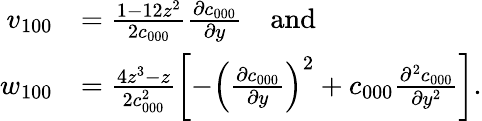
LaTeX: \begin{array}{rl}{v_{100}}&{=\frac{1-12z^{2}}{2c_{000}}\frac{\partial c_{000}}{\partial y}\quad\mathrm{and}}\\ {w_{100}}&{=\frac{4z^{3}-z}{2c_{000}^{2}}\left[-\left(\frac{\partial c_{000}}{\partial y}\right)^{2}+c_{000}\frac{\partial^{2}c_{000}}{\partial y^{2}}\right].}\end{array}